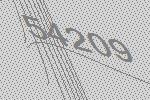
54209